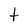
Character: t